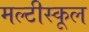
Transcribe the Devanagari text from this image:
मल्टीस्कूल